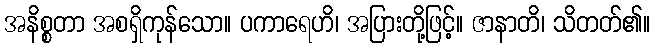
အနိစ္စတာ အစရှိကုန်သော။ ပကာရေဟိ၊ အပြားတို့ဖြင့်။ ဇာနာတိ၊ သိတတ်၏။